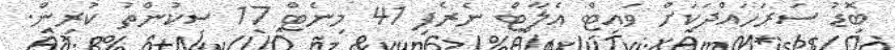
ބޮޑު ސަރަހައްދަކަށް ވައިޓް އެލާޓް ނެރެފި 41 މިނެޓް 17 ސިކުންތު ކުރިން.